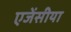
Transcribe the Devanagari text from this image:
एजेंसीया